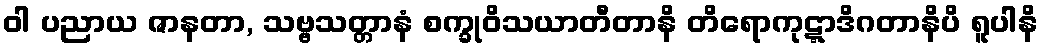
ဝါ ပညာယ ဇာနတာ, သဗ္ဗသတ္တာနံ စက္ခုဝိသယာတီတာနိ တိရောကုဋ္ဋာဒိဂတာနိပိ ရူပါနိ